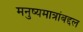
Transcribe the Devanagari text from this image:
मनुष्यमात्रांबद्दल